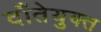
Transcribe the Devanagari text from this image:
दाँतेयुक्त